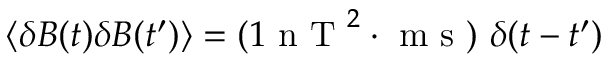
\langle \delta B ( t ) \delta B ( t ^ { \prime } ) \rangle = ( 1 \mathrm { ~ n ~ T ~ } ^ { 2 } \cdot \mathrm { ~ m ~ s ~ } ) \mathrm { ~ } \delta ( t - t ^ { \prime } )